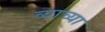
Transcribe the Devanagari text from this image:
व्याच्या